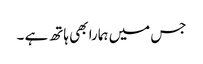
جس میں ہمارا بھی ہاتھ ہے ۔